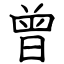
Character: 曾